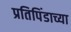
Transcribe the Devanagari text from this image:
प्रतिपिंडाच्या